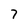
Character: 7